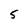
Character: 5